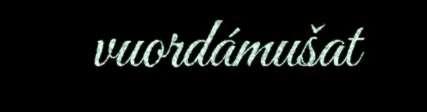
vuordámušat